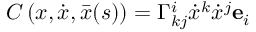
C \left( \boldsymbol { x } , \dot { \boldsymbol { x } } , \bar { \boldsymbol { x } } ( s ) \right) = \Gamma _ { k j } ^ { i } \Dot { x } ^ { k } \Dot { x } ^ { j } \mathbf { e } _ { i }